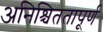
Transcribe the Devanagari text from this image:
अनिश्चिततापूर्ण